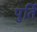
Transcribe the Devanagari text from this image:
पुर्ति